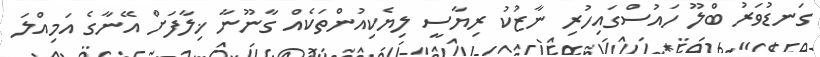
ގަނޑުވަރު ބްލޫ ހައުސްގައިހުރި ނާޒުކު ރިޔާސީ ލިޔެކިއުންތަކެއް ގާނޫނާ ޚިލާފަށް އޭނާގެ އަމިއްލަ